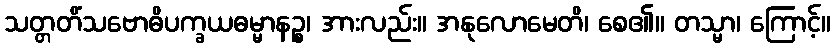
သတ္တတိံသဗောဓိပက္ခယဓမ္မာနဉ္စ၊ အားလည်း။ အနုလောမေတိ၊ စေ၏။ တသ္မာ၊ ကြောင့်။